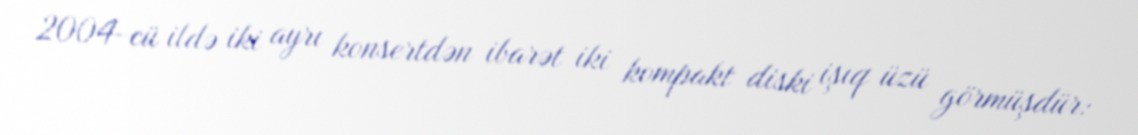
2004-cü ildə iki ayrı konsertdən ibarət iki kompakt diski işıq üzü görmüşdür: